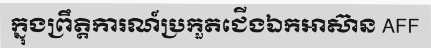
ក្នុងព្រឹត្តិការណ៍ប្រកួតជើងឯកអាស៊ាន AFF